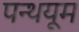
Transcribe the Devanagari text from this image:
पन्थयूम